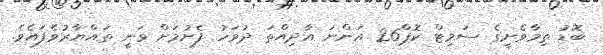
ބޮޑު ތިމާވެށީގެ ސަމިޓް ކޮޕް26 އަންނަ އާދިއްތަ ދުވަހު ފެށުމަށް ވަނީ ތައްޔާރުވެފައެވެ.